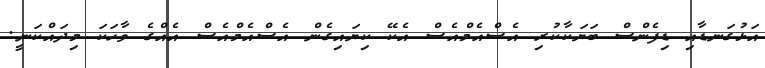
އަޅުގަނޑާއި ޑިފެންސް ބަޔަކާކުރި އެސްއެމްއެސް އެކޭ ކިޔައިގެން އެސްއެމްއެސް އެއްގެ ވާހަކަ މިދައްކަނީ.